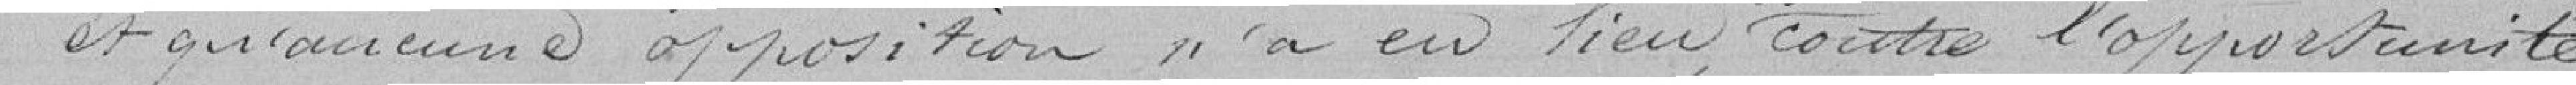
et qu'aucune opposition n'a eu lieu contre l'opportunité